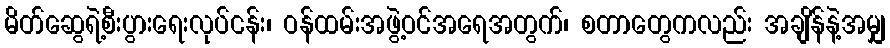
မိတ်ဆွေရဲ့စီးပွားရေးလုပ်ငန်း၊ ဝန်ထမ်းအဖွဲ့ဝင်အရေအတွက်၊ စတာတွေကလည်း အချိန်နဲ့အမျှ